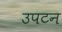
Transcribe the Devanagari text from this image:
उपटन